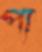
পা